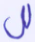
لل